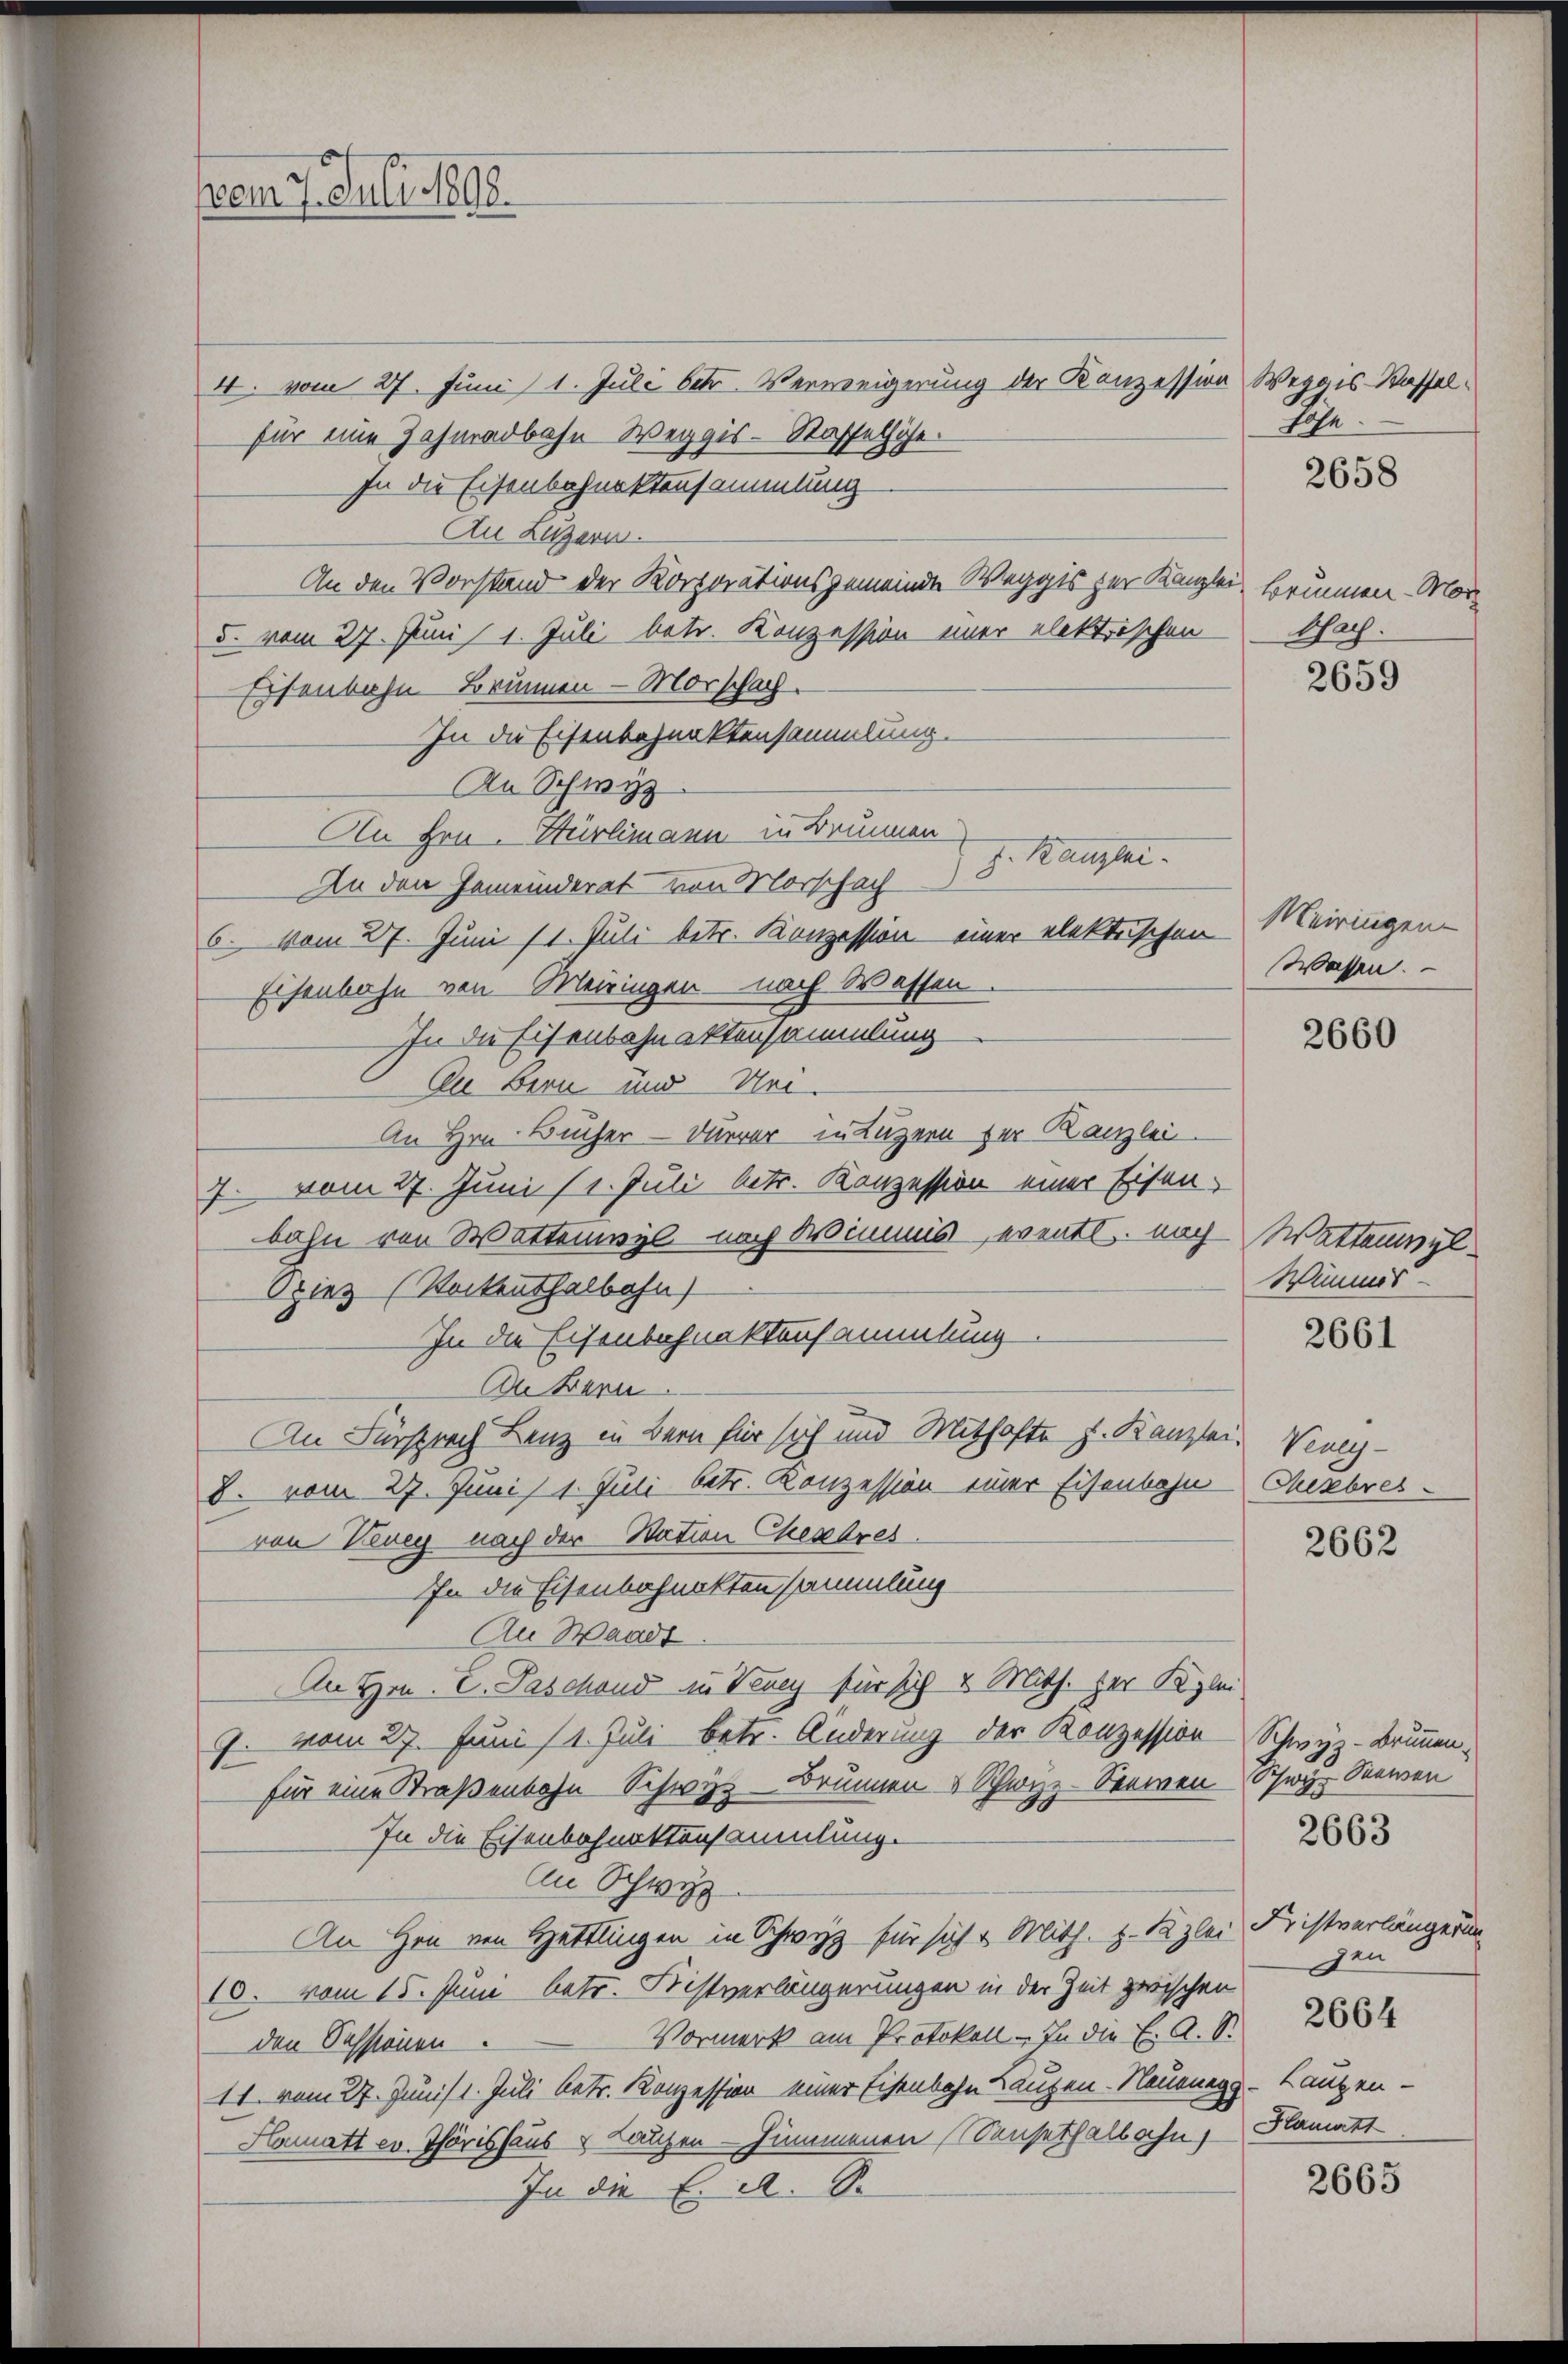
vom 7. Juli 1898.

4. vom 27. Juni 1. Juli betr. Verweigerung der Konzession Weggis-Kasselfür eine Zahnradbahn Weggis-Stasselhöfe.
In die Eisenbahnaktensammlung
An Luzern.
An den Vorstand der Korporationsgemeinde Weggis zur Kanzlei Brunnen. Mor¬
5. vom 27. Juni / 1. Juli betr. Konzession einer elektrischen
Eisenbahn Brunnen - Morschach.
In die Eisenbahnaktensammlung.
An Schwyz
An Hrn. Hürlimann in Brunnen
z. Kanzlei.
An den Gemeinderat von Morschach
6. vom 27. Juni 11. Juli betr. Konzession einer elektrischen Meiringen-
Eisenbahn von Meiringen - nach Wassen.
In die Eisenbahnaktensammlung
An Bern und Uri.
An Hrn. Bücher - Dürrer in Luzern zur Kanzlei
7. vom 27. Juni (1. Juli betr. Konzession einer Eisen-
bahn von Wattenwyl nach Wimmis eventl. nach Wattenwel
Spiez (Sockenthalbahn
In die Eisenbahnaktensammlung
An Bern
An Fürsprach Lenz in Bern für sich und Mithafte J. Kanzlei,
8. vom 27. Juni 1. Juli betr. Konzession einer Eisenbahn
von Neuey nach der Station Cesares
Ihn die Eisenbahnaktensammlung
An Waadt
An Hrn. E. Paschand in Vevey für sich 4 Mith. zur Klei
9. vom 27. Juni / 1. Juli betr. Änderung der Konzession Schwyz - Brunnenfür eine Straßenbahn Schwyz- Brunnen & Schwyzz-Seemen
In die Eisenbahnaktensammlung.
An Schwyz
An Hrn von Hettlingen in Schwyz für sich v. Mith. z. B zlei
10. vom 15. Juni betr. Fristverlängerungen in der Zeit zwischen
Vormerk am Protokoll - In die E. A. S.
den Sessionen
11. vom 27. Juni. 1. Juli betr. Konzession einer Eisenbahn Laupen-Nauenegg.
Hamatt ev. Thörishaus Lanzen Hummenen Sensethalbahn
In die E. A. S.

Hohe

bhach.

2658

2659

Wassen.

2660

Winmis-

2661

Veney-
Cezbres

2662

Schwyz, Seewen
2663

Fristverlängerung
gen

Laugen
Hamutt

2664

2665